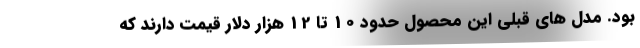
بود. مدل های قبلی این محصول حدود 10 تا 12 هزار دلار قیمت دارند که